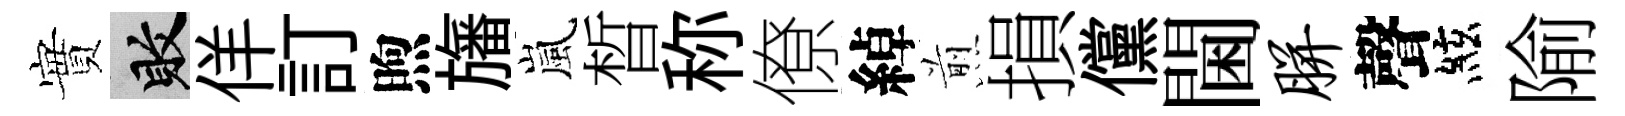
實敗佯訂煦旛嵐晳称僚綽煎損儻閫胼聲絃隃